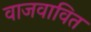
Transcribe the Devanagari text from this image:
वाजवावित